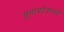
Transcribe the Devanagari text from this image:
युनायटेडमध्ये